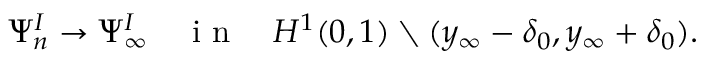
\begin{array} { r } { \Psi _ { n } ^ { I } \to \Psi _ { \infty } ^ { I } \quad \mathrm { ~ i ~ n ~ } \quad H ^ { 1 } ( 0 , 1 ) \setminus ( y _ { \infty } - \delta _ { 0 } , y _ { \infty } + \delta _ { 0 } ) . } \end{array}